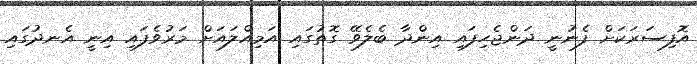
އޮފިސަރަކަށް ފެނުނީ ދަންޖެހިފައި އިންދާ ބެލެވޭ ގޮތުގައި އަމިއްލައަށް މަރުވެފައި އިނީ އެނދުގައި